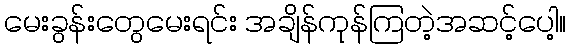
မေးခွန်းတွေမေးရင်း အချိန်ကုန်ကြတဲ့အဆင့်ပေါ့။